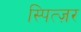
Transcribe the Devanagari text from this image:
स्पित्ज़र